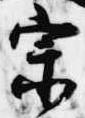
宗